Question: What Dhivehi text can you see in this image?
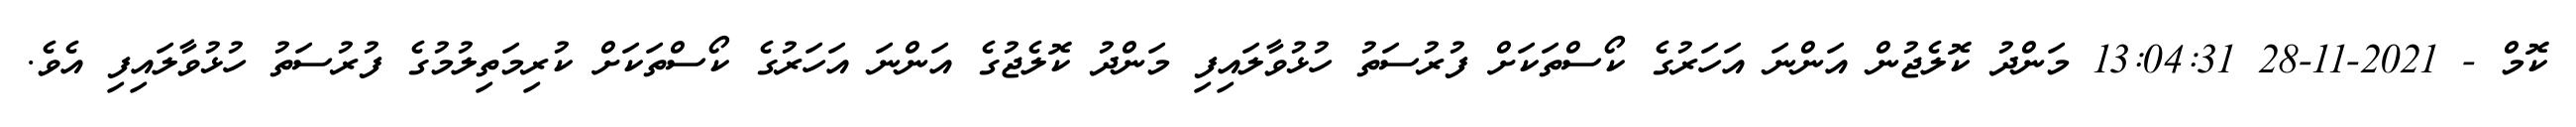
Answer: ކޮމް - 2021-11-28 13:04:31 މަންދު ކޮލެޖުން އަންނަ އަހަރުގެ ކޯސްތަކަށް ފުރުސަތު ހުޅުވާލައިފި މަންދު ކޮލެޖުގެ އަންނަ އަހަރުގެ ކޯސްތަކަށް ކުރިމަތިލުމުގެ ފުރުސަތު ހުޅުވާލައިފި އެވެ.